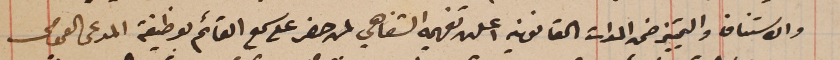
والاستناف والتمييز ضمن المدات القانونية اعلن تفهيمه الشفاهي لمن حضر على سمع القائم بوظيفة المدعى العمومى